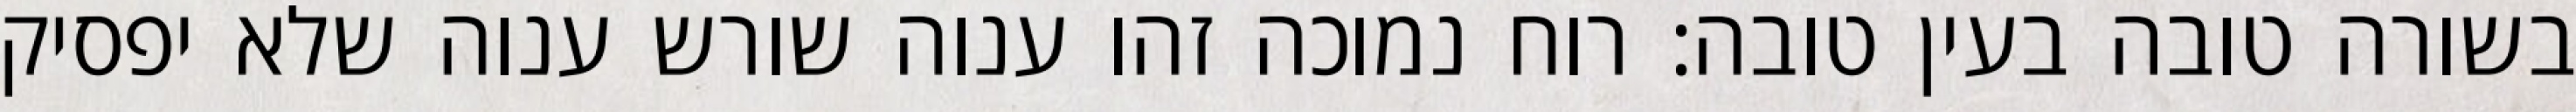
בשורה טובה בעין טובה: רוח נמוכה זהו ענוה שורש ענוה שלא יפסיק